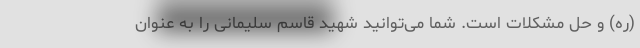
(ره) و حل مشکلات است. شما می‌توانید شهید قاسم سلیمانی را به عنوان